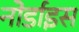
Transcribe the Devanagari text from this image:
नोर्डाइस